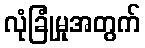
လုံခြုံမှုအတွက်